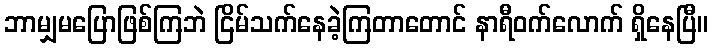
ဘာမျှမပြောဖြစ်ကြဘဲ ငြိမ်သက်နေခဲ့ကြတာတောင် နာရီဝက်လောက် ရှိနေပြီ။